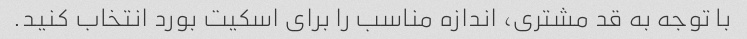
با توجه به قد مشتری، اندازه مناسب را برای اسکیت بورد انتخاب کنید.